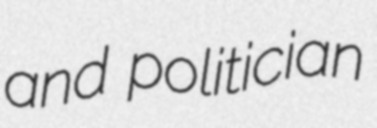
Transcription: and politician